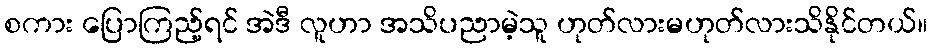
စကား ပြောကြည့်ရင် အဲဒီ လူဟာ အသိပညာမဲ့သူ ဟုတ်လားမဟုတ်လားသိနိုင်တယ်။